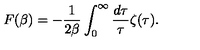
{ } F ( \beta ) = - { \frac { 1 } { 2 \beta } } \int _ { 0 } ^ { \infty } { \frac { d \tau } { \tau } } \zeta ( \tau ) .